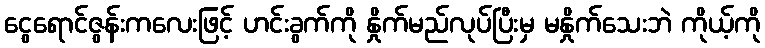
ငွေရောင်ဇွန်းကလေးဖြင့် ဟင်းခွက်ကို နှိုက်မည်လုပ်ပြီးမှ မနှိုက်သေးဘဲ ကိုယ့်ကို